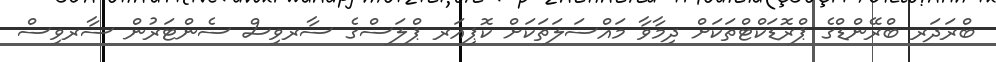
ބްރަދަރ ބްރޭންޑްގެ ޕްރޮޑަކްޓްތަކަށް ދިމާވާ މައްސަލަތަކަށް ކޮޕިއަރ ޕްލަސްގެ ސާރވިސް ސެންޓަރުން ސާރވިސް